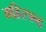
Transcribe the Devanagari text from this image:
महिरचन्द्र